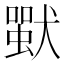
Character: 𤡴